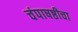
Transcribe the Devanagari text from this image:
चंपाषष्ठीचा